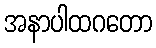
အနာပါထဂတော